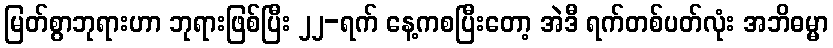
မြတ်စွာဘုရားဟာ ဘုရားဖြစ်ပြီး ၂၂-ရက် နေ့ကစပြီးတော့ အဲဒီ ရက်တစ်ပတ်လုံး အဘိဓမ္မာ